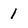
Character: 1